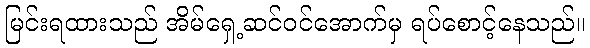
မြင်းရထားသည် အိမ်ရှေ့ဆင်ဝင်အောက်မှ ရပ်စောင့်နေသည်။